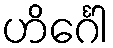
ဟိင်္ဂေါ